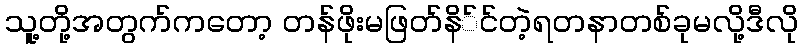
သူ့တို့အတွက်ကတော့ တန်ဖိုးမဖြတ်နိ်င်တဲ့ရတနာတစ်ခုမလို့ဒီလို